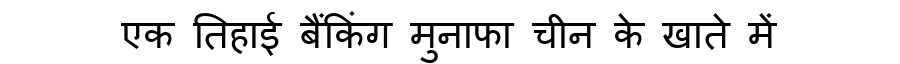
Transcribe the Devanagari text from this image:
एक तिहाई बैंकिंग मुनाफा चीन के खाते में